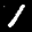
Label: 1